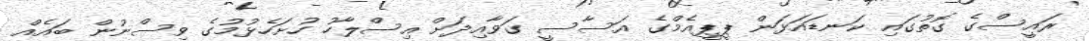
ރައީސްގެ ގޮތުގައި ކަނޑައަޅަން ޕީޕީއެމްގެ އަސާސީ ގަވާއިދަށް އިސްލާހު ހުށަހެޅުމުގެ ވިސްނުން ބައެއް